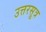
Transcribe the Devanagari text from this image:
उत्तरसूत्र